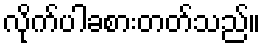
လိုက်ပါခစားတတ်သည်။